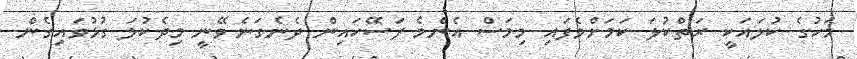
މަހުގެ ކުލައަކީ ރަތްކުލަ ކަމަށްވެފައި މިމަސް އެންމެ ފަސޭހައިން ދެނެގަނެވޭނީ މިދެކުލަ ގުޅުވައިގެން